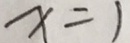
x = 1